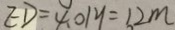
E D = 4 . 0 1 y = 1 2 m